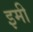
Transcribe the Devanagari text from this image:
इमी